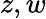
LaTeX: z,w